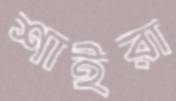
শাইরা